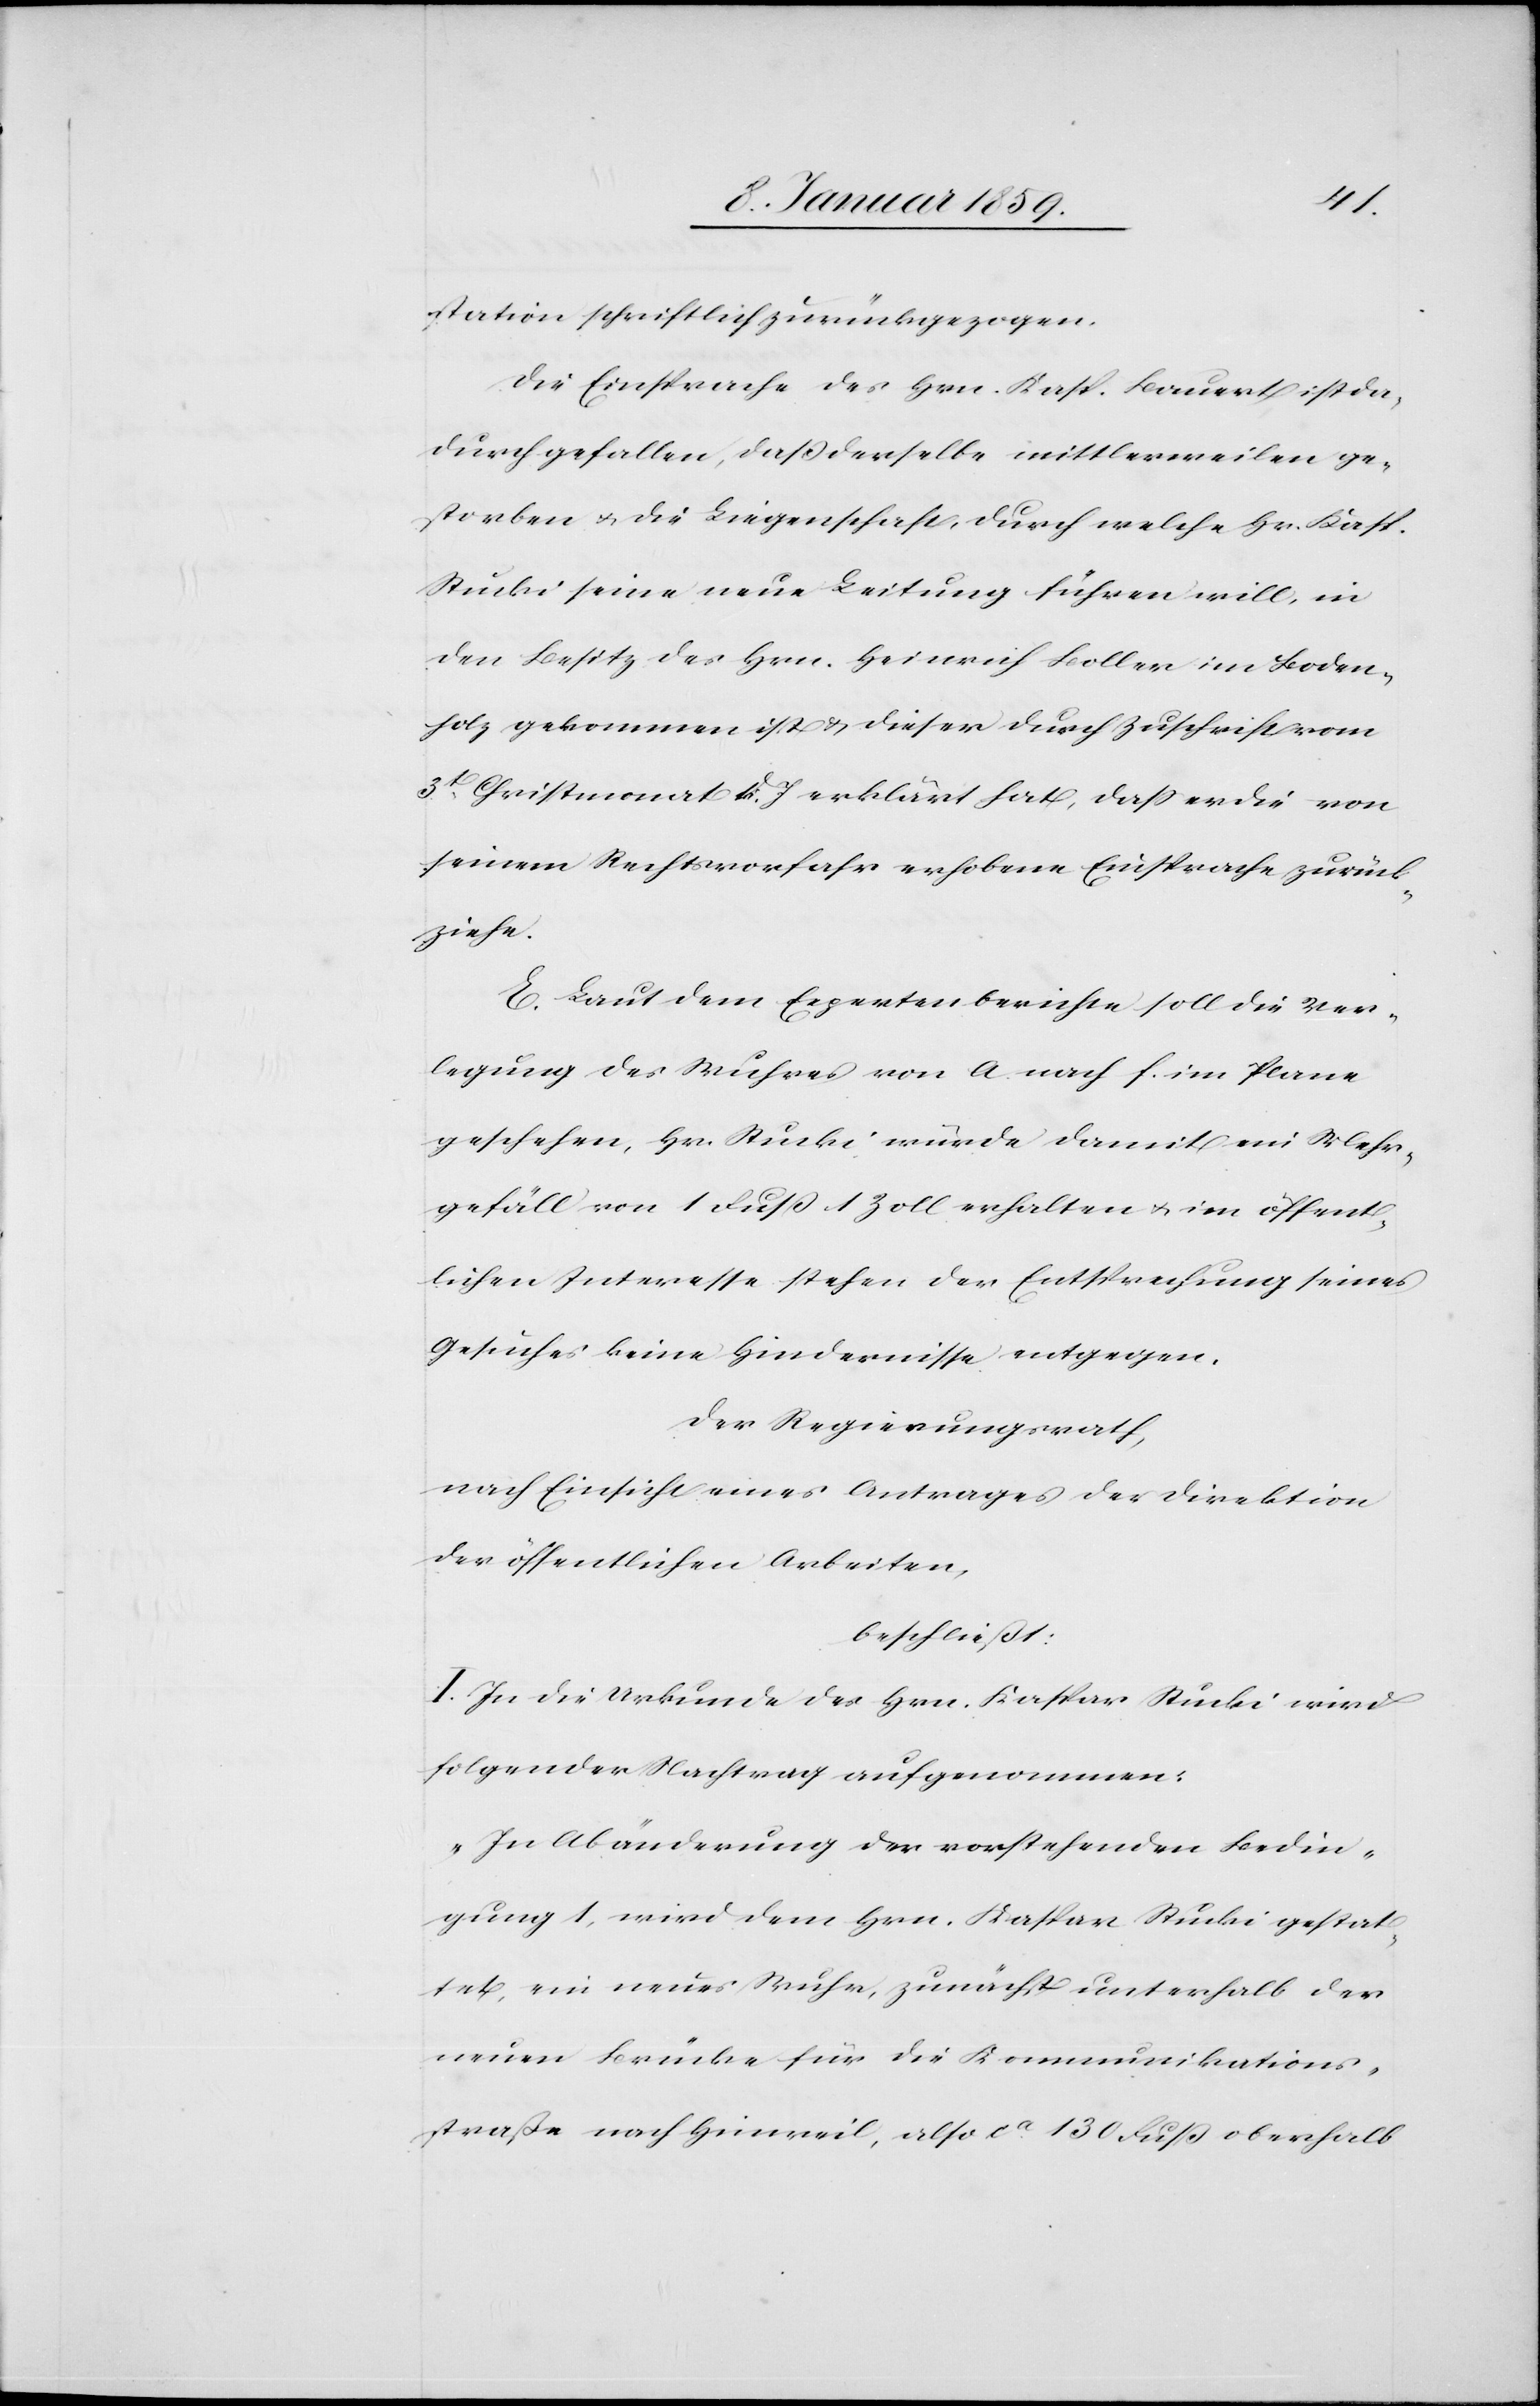
station schriftlich zurückgezogen.
Die Einsprache des Hrn. Kasp. Bauert ist da¬
für gefallen, daß derselbe mittlerweilen ge¬
storben u. die Liegenschaft, durch welche Hn. Kasp.
Stucki seine neue Leitung führen will, in
den Besitz des Hrn. Heinrich Boller im Boden¬
holz gekommen ist & dieser durch Zuschrift vom
3t. Christmonat d. J erklärt hat, daß er die von
seinem Rechtsvorfahr erhobene Einsprache zurück¬
ziehe.
E. Laut dem Expertenberichte soll die Ver¬
legung des Wuhres von a. nach f. im Plane
geschehen, Hr. Stucki würde damit ein Mehr¬
gefäll von 1 Fuß 1 Zoll erhalten u. im öffent¬
lichen Interesse stehen der Entsprechung seines
Gesuches keine Hindernisse entgegen.
Der Regierungsrath,
nach Einsicht eines Antrages der Direktion
der öffentlichen Arbeiten,
beschließt:
I. In die Urkunde des Hrn. Kaspar Stucki wird
folgender Nachtrag aufgenommen:
"In Abänderung der vorstehenden Bedin¬
gung 1, wird dem Hrn. Kaspar Stucki gestat¬
tet ein neues Wuhr, zunächst unterhalb der
neuen Brücke für die Kommunikations¬
staße nach Hinweil, also ca. 130 Fuß oberhalb